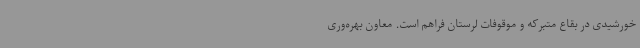
خورشیدی در بقاع متبرکه و موقوفات لرستان فراهم است. معاون بهره‌وری